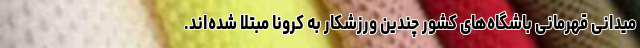
میدانی قهرمانی باشگاه‌های کشور چندین ورزشکار به کرونا مبتلا شده‌اند.